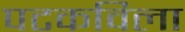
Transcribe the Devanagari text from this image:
पटकविला